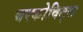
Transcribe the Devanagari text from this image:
बरकोविट्स